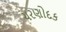
ચરણોદક